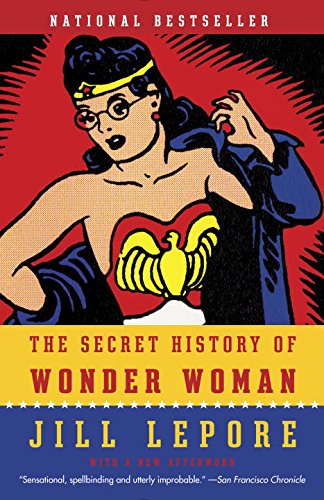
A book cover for The Secret History of Wonder Woman; Jill Lepore; Comics & Graphic Novels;